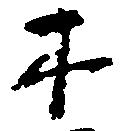
木